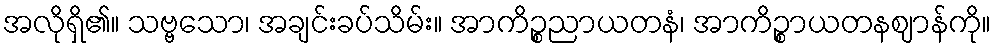
အလိုရှိ၏။ သဗ္ဗသော၊ အချင်းခပ်သိမ်း။ အာကိဉ္စညာယတနံ၊ အာကိဉ္စာယတနဈာန်ကို။